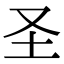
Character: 圣